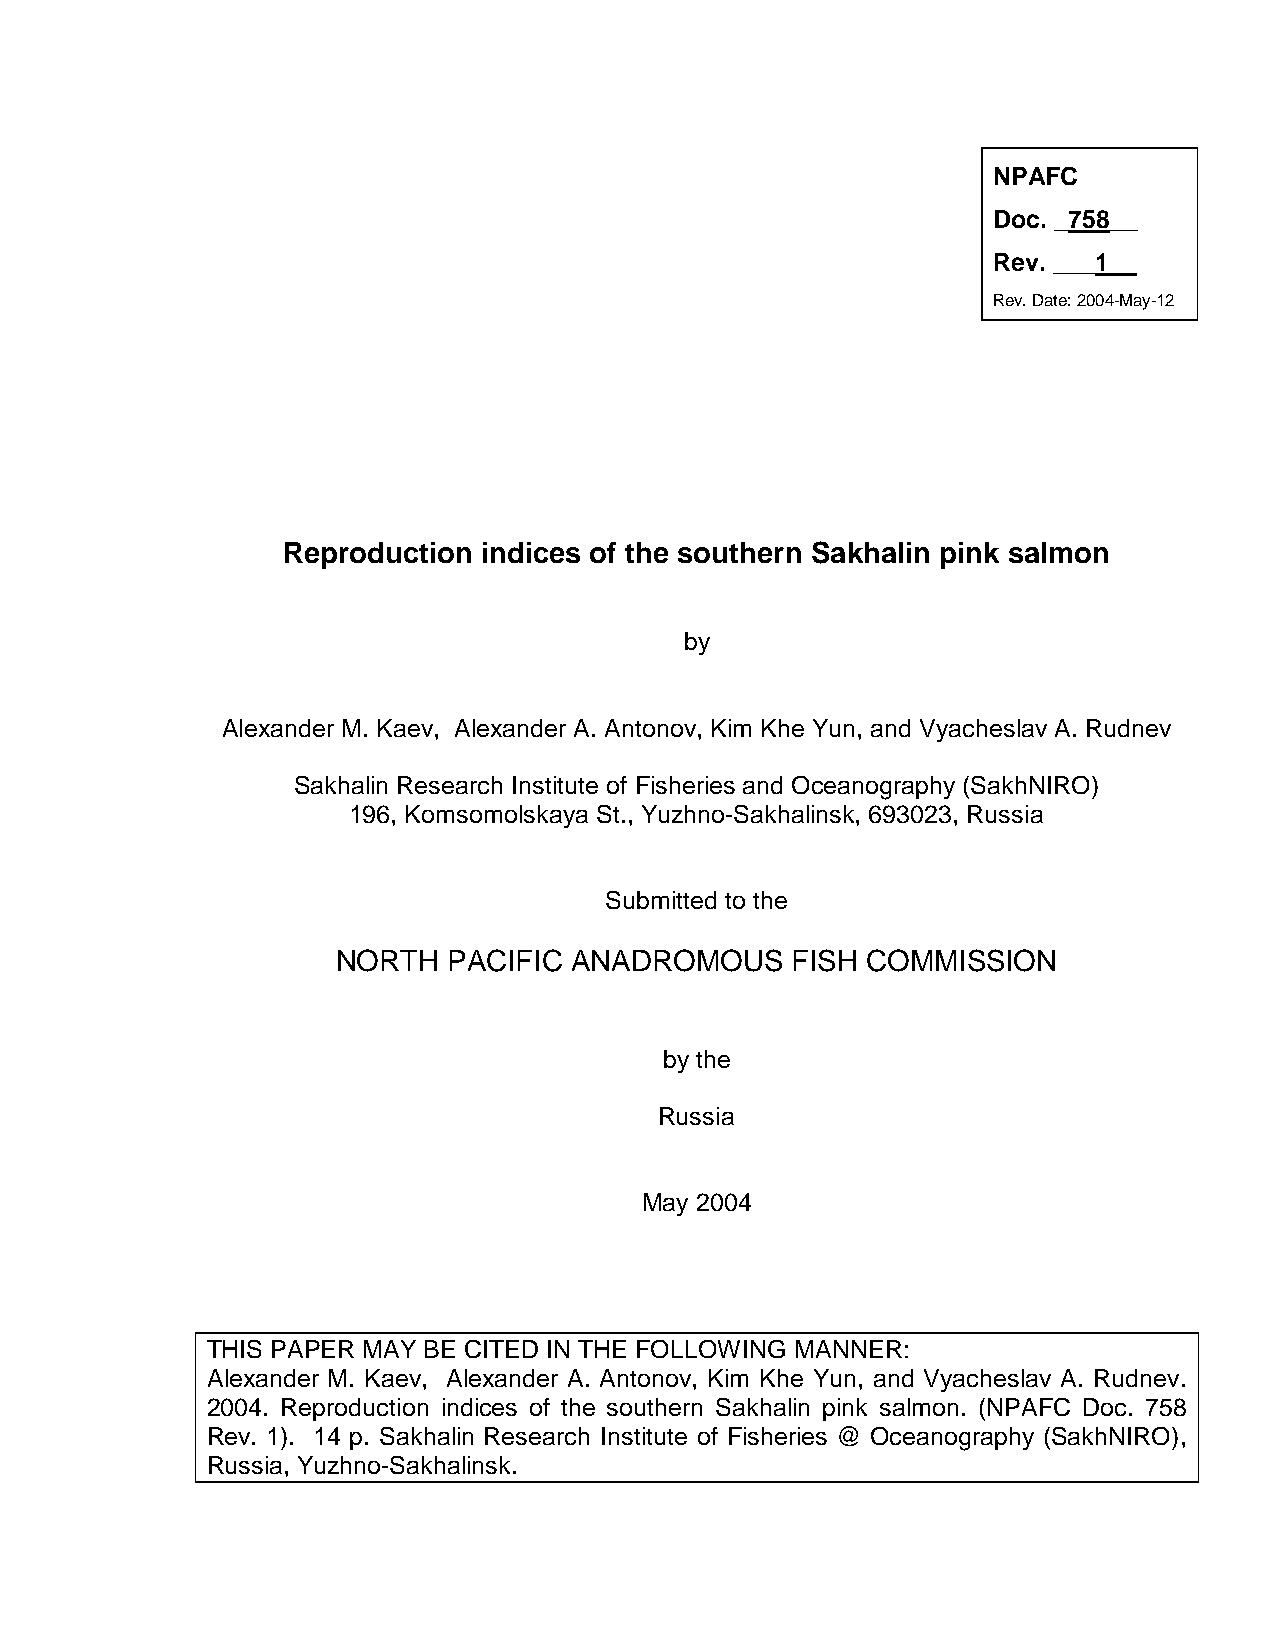
NPAFC
 Doc. _758__
 Rev. ___1__
 Rev. Date: 2004-May-12
 Reproduction indices of the southern Sakhalin pink salmon
 by
 Alexander M. Kaev, Alexander A. Antonov, Kim Khe Yun, and Vyacheslav A. Rudnev
 Sakhalin Research Institute of Fisheries and Oceanography (SakhNIRO)
 196, Komsomolskaya St., Yuzhno-Sakhalinsk, 693023, Russia
 Submitted to the
 NORTH   PACIFIC ANADROMOUS    FISH COMMISSION
 by the
 Russia
 May 2004
 THIS PAPER MAY BE CITED IN THE FOLLOWING MANNER:
 Alexander M. Kaev, Alexander A. Antonov, Kim Khe Yun, and Vyacheslav A. Rudnev.
 2004. Reproduction indices of the southern Sakhalin pink salmon. (NPAFC Doc. 758
 Rev. 1). 14 p. Sakhalin Research Institute of Fisheries @ Oceanography (SakhNIRO),
 Russia, Yuzhno-Sakhalinsk.